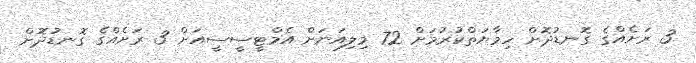
3 ރަށެއްގެ ގޮނޑުދޮށް ހިމާޔަތްކުރުމަށް 72 މިލިއަނަށް އެމްޓީސީސީއަށް 3 ރަށެއްގެ ގޮނޑުދޮށް